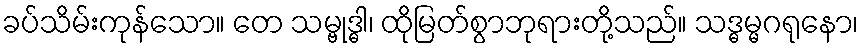
ခပ်သိမ်းကုန်သော။ တေ သမ္ဗုဒ္ဓါ၊ ထိုမြတ်စွာဘုရားတို့သည်။ သဒ္ဓမ္မဂရုနော၊